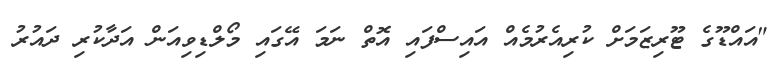
"އައްޑޫގެ ޓޫރިޒަމަށް ކުރިއެރުމެއް އައިސްފައި އޮތް ނަމަ އޭގައި މޯލްޑިވިއަން އަދާކުރި ދައުރު